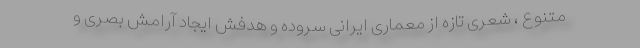
متنوع ، شعری تازه از معماری ایرانی سروده و هدفش ایجاد آرامش بصری و